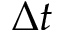
\Delta t